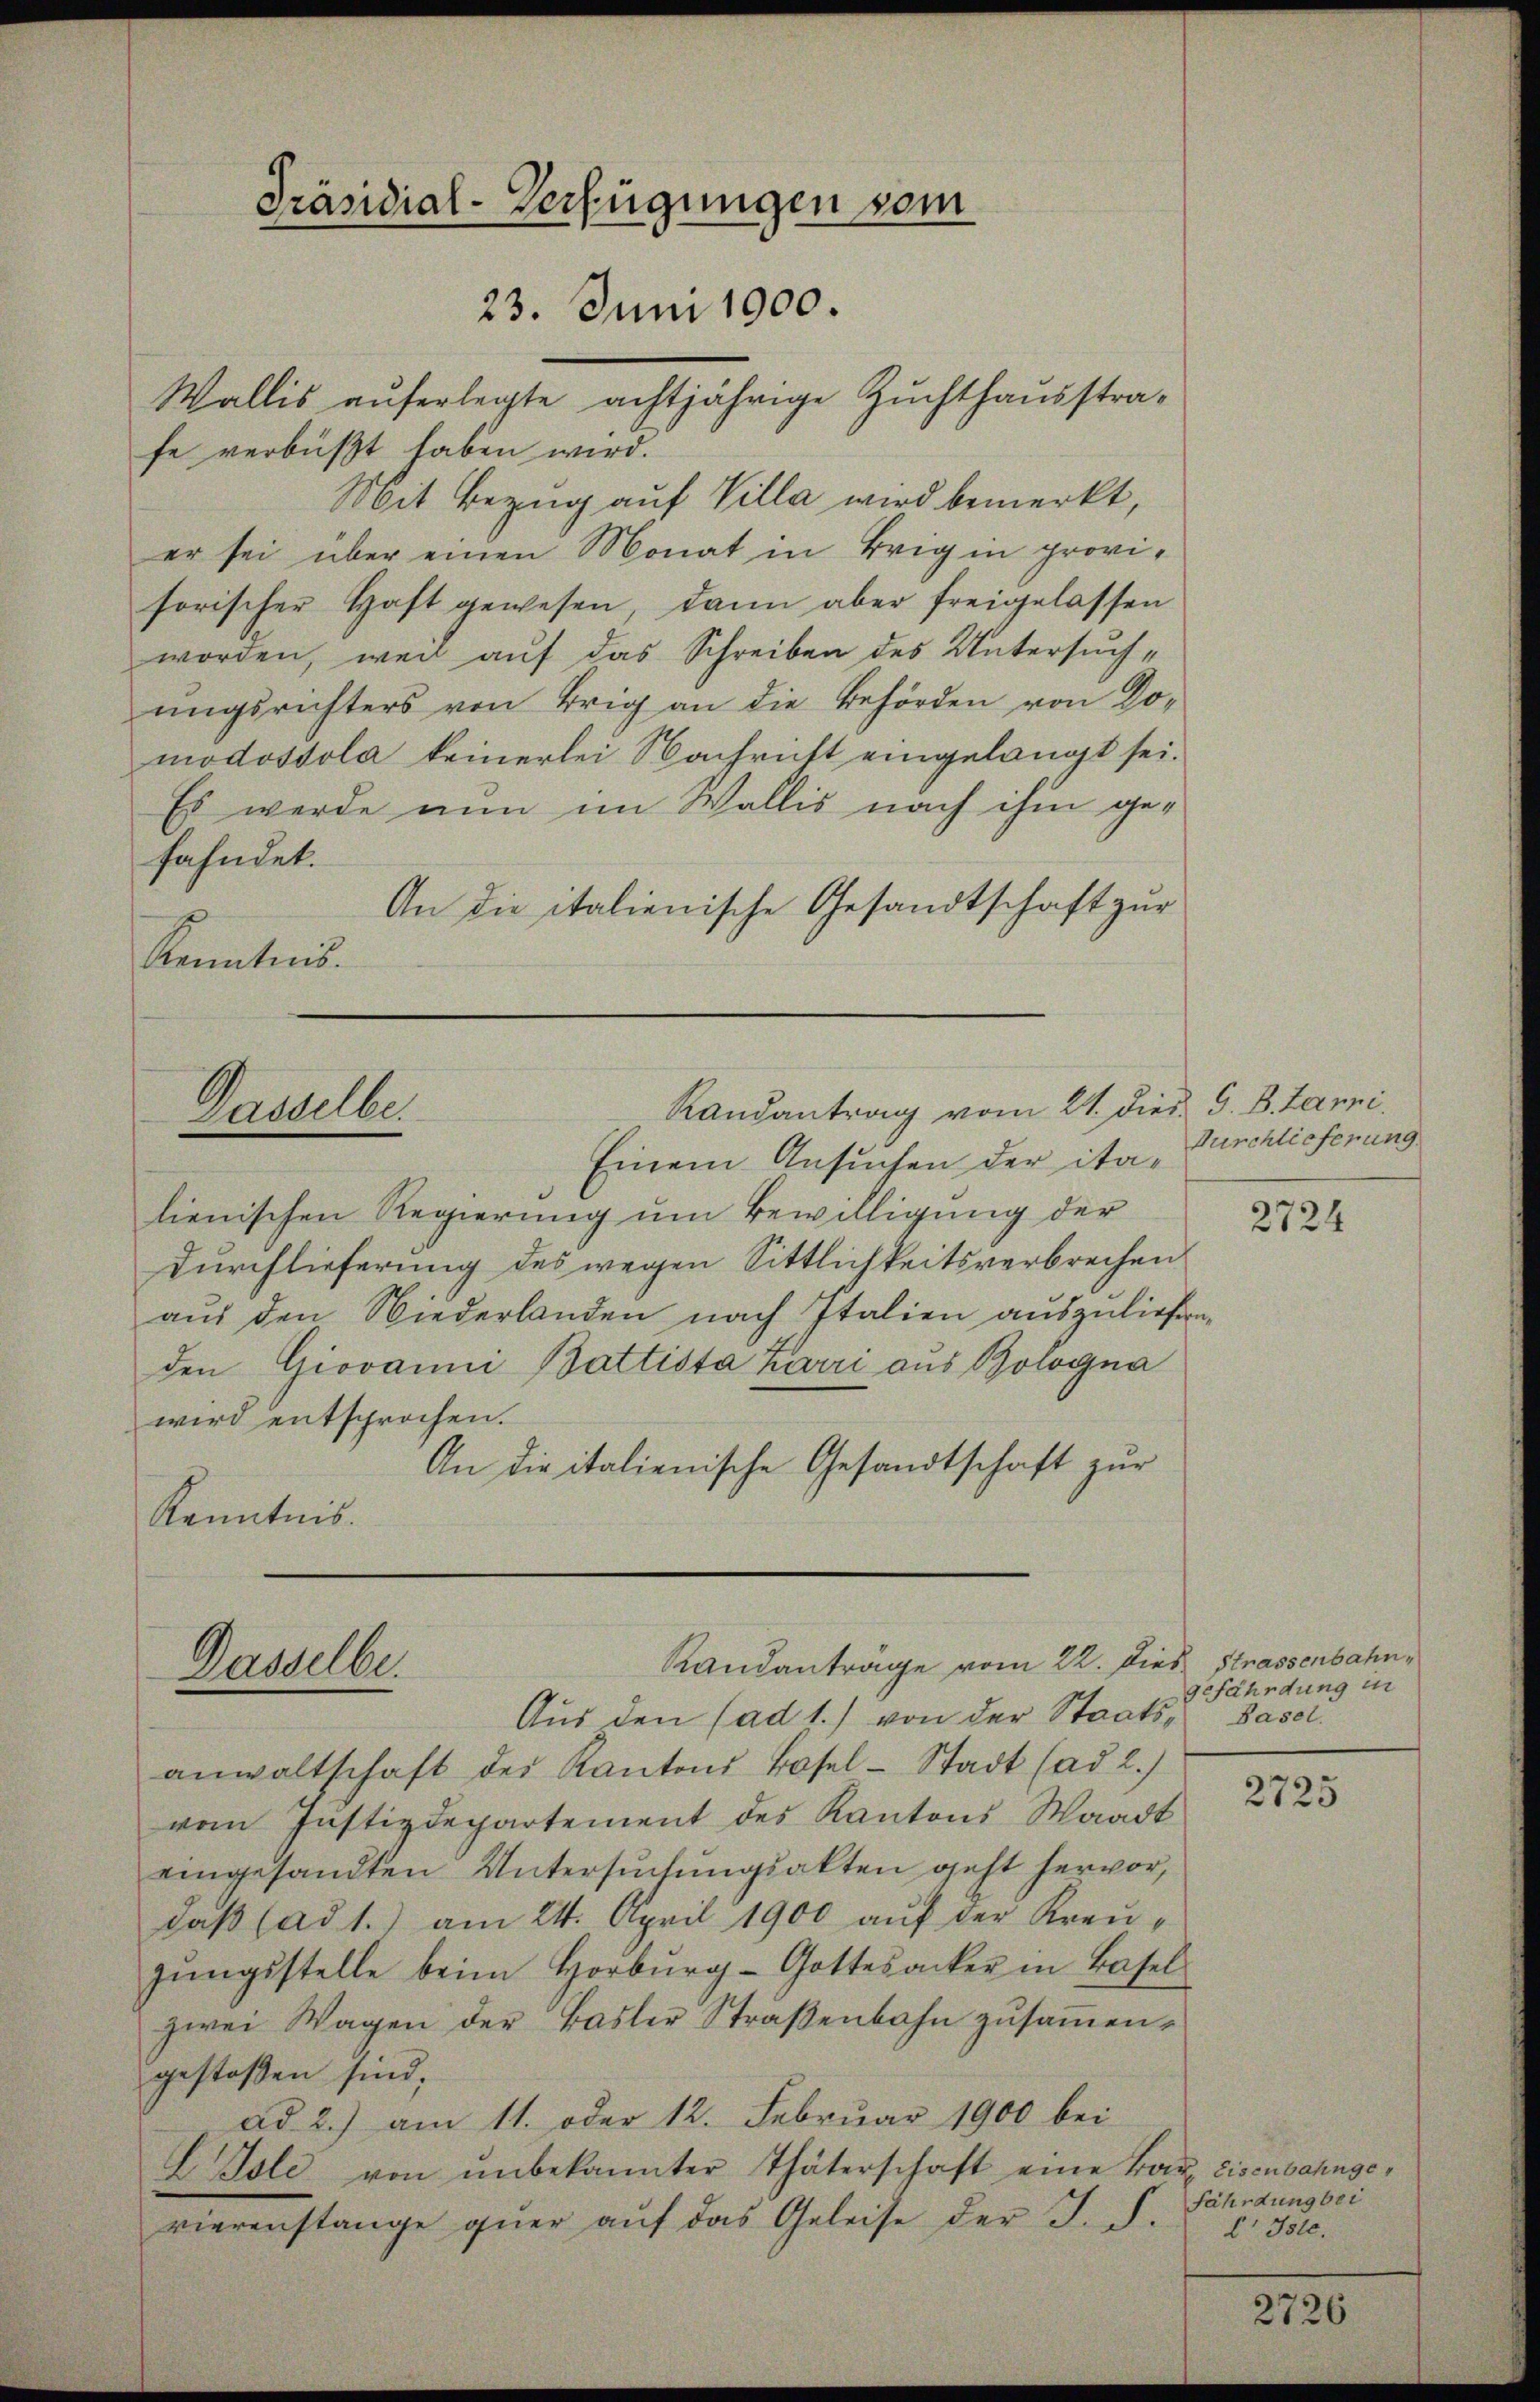
Wallis auferlegte achtjährige Zuchthausstra-
fe verbüßt haben wird.
Mit Bezug auf Villa wird bemerkt,
er sei über einen Monat in Brig in provisorischer Haft gewesen, dann aber freigelassen
worden, weil auf das Schreiben des Untersuchŭngsrichters von Brig an die Behörden von Do-
modostola keinerlei Nachricht eingelangt sei.
Es werde nun im Wallis nach ihm gefahndet.
An die italienische Gesandtschaft zur
Kenntnis.

Präsidial-Verfügungen vom
23. Juni 1900.

Randantrag vom 21. dies G. B. Lanzi
Dasselbe

Einem Ansuchen der ita- Durchlieferung
lienischen Regierung um Bewilligung der
Durchlieferung des wegen Sittlichkeitsverbrechen
aus den Niederlanden nach Italien auszuliefern.
den Giovanni Battista Zarri aus Bologna
wird entsprochen.
An die italienische Gesandtschaft zur
Kenntnis.

Randantrage vom 22. Dies Strassenbahn¬
Dasselbe.

Aus den (ad 1.) von der Staats- Basel.
anwaltschaft des Kantons Basel-Stadt (ad 2.)
vom Justizdepartement des Kantons Waadt
eingesandten Untersŭchŭngsakten geht hervor,
daß ad 1.) am 24. April 1900 auf der Kreugŭngsstelle beim Horbŭrg-Gottesacker in Basel
zwei Wagen der Basler Straβenbahn zŭsaṁen-
gestossen sind,
ad 2.) am 11. oder 12. Februar 1900 bei
L Isle von ŭnbekannter Thäterschaft eine kan Eisenbahngevierenstange quer aŭf das Geleise der J. S. c. 331.

2724

gefährdung in

2725

fährdung bei

2726